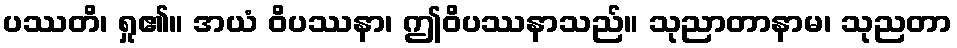
ပဿတိ၊ ရှု၏။ အယံ ဝိပဿနာ၊ ဤဝိပဿနာသည်။ သုညာတာနာမ၊ သုညတာ